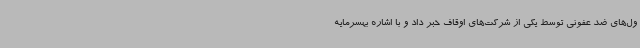
ول‌های ضد عفونی توسط یکی از شرکت‌های اوقاف خبر داد و با اشاره بهسرمایه